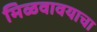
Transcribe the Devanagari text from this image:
मिळवावयाचा